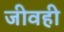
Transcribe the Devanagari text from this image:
जीवही